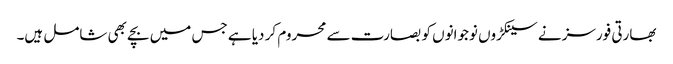
بھارتی فورسز نے سینکڑوں نوجوانوں کو بصارت سے محروم کر دیا ہے جس میں بچے بھی شامل ہیں۔